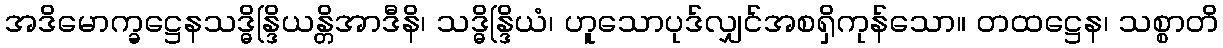
အဒိမောက္ခဋ္ဌေနသဒ္ဓိန္ဒြိယန္တိအာဒီနိ၊ သဒ္ဓိန္ဒြိယံ၊ ဟူသောပုဒ်လျှင်အစရှိကုန်သော။ တထဋ္ဌေန၊ သစ္စာတိ